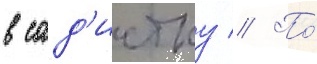
в сад'истку // По́